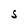
Character: S